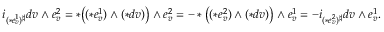
\begin{array} { r } { i _ { ( \ast e _ { v } ^ { 1 } ) ^ { \sharp } } d v \wedge e _ { v } ^ { 2 } = \ast \big ( ( \ast e _ { v } ^ { 1 } ) \wedge ( \ast d v ) \big ) \wedge e _ { v } ^ { 2 } = - \ast \big ( ( \ast e _ { v } ^ { 2 } ) \wedge ( \ast d v ) \big ) \wedge e _ { v } ^ { 1 } = - i _ { ( \ast e _ { v } ^ { 2 } ) ^ { \sharp } } d v \wedge e _ { v } ^ { 1 } . } \end{array}